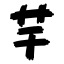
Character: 芋